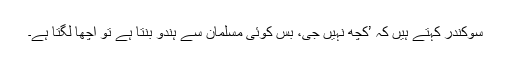
سوکندر کہتے ہیں کہ ’کچھ نہیں جی، بس کوئی مسلمان سے ہندو بنتا ہے تو اچھا لگتا ہے۔